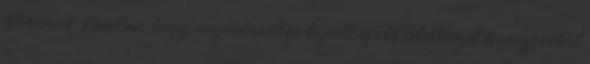
Istvánnak. Remélem, hogy megérdemelten kapott újabb lehetőséget és megpróbál